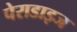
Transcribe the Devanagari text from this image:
पेराडाइज